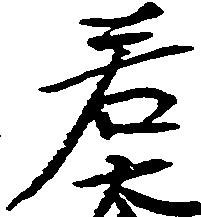
若